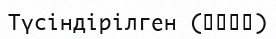
Түсіндірілген (مؤول)